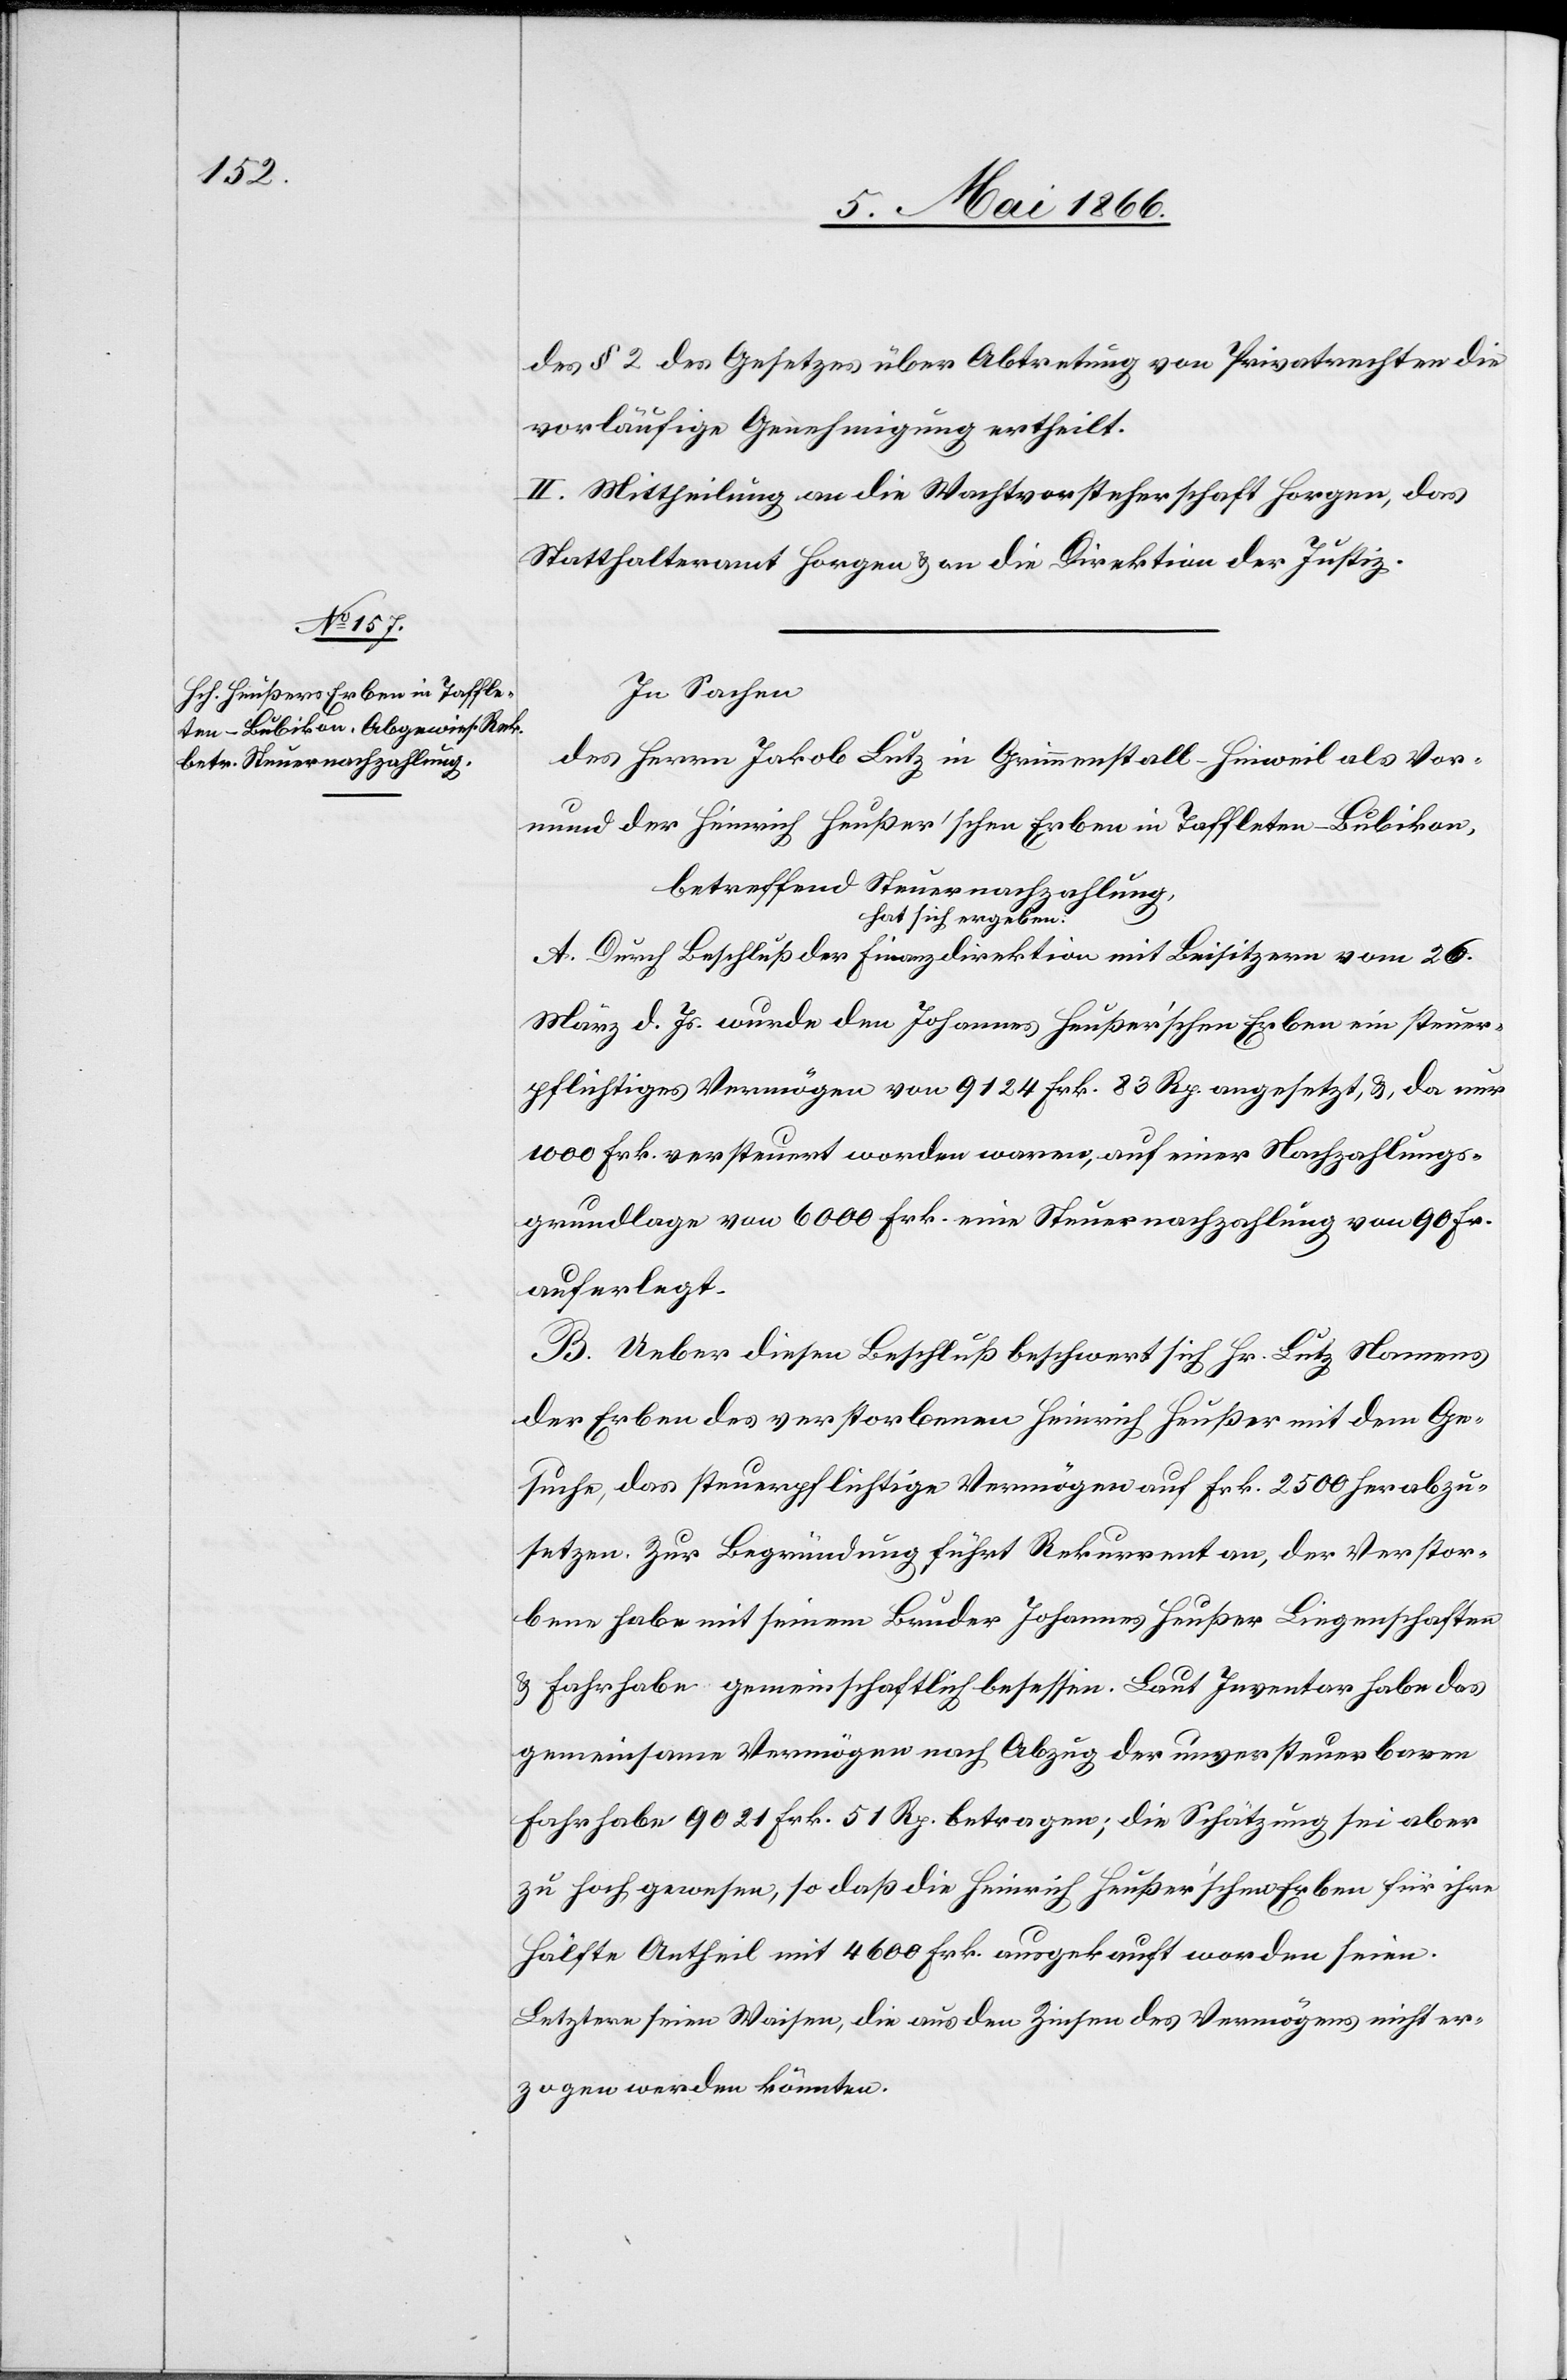
des § 2 des Gesetzes über Abtretung von Privatrechten die
vorläufige Genehmigung ertheilt.
II. Mittheilung an die Wachtvorsteherschaft Horgen, das
Statthalteramt Horgen u. an die Direktion der Justiz.
In Sachen
des Herrn Jakob Lutz in Grimmenstall-Hinweil als Vor¬
mund der Heinrich Heußer’schen Erben in Taffleten-Bubikon,
betreffen Steuernachzahlung
hat sich ergeben:
A. Durch Beschluß der Finanzdirektion mit Beisitzern vom 26.
März d. Js. wurde den Johannes Heußer’schen Erben ein steuer¬
pflichtiges Vermögen von 9124 Frk. 83 Rp. angesetzt, u., da nur
1000 Frk. versteuert worden waren auf einer Nachzahlungs¬
grundlage von 6000 Frk. eine Steuernachzahlung von 90 Fr.
auferlegt.
B. Ueber diesen Beschluß beschwert sich Hr. Lutz Namens
der Erben des verstorbenen Heinrich Heußer mit dem Ge¬
suche, das steuerpflichtige Vermögen auf Frk. 2500 herabzu¬
setzen. Zur Begründung führt Rekurrent an, der Verstor¬
bene habe mit seinem Bruder Johannes Heußer Liegenschaften
u. Fahrhabe gemeinschaftlich besessen. Laut Inventar habe das
gemeinsame Vermögen nach Abzug der unversteuerbaren
Fahrhabe 9021 Frk. 51 Rp. betragen; die Schätzung sei aber
zu hoch gewesen, so daß die Heinrich Heußer’schen Erben für ihre
Hälfte Antheil mit 4600 Frk. ausgekauft worden seien.
Letztere seien Waisen, die aus den Zinsen des Vermögens nicht er¬
zogen werden könnten.